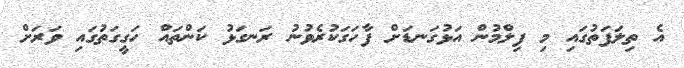
އެ ތިލަފަތުގައި މި ފިލްމުން އަޅުގަނޑަށް ފާހަގަކުރެވުނު ރަނގަޅު ކަންތައް ހަގީގަތުގައި ވަރަށް